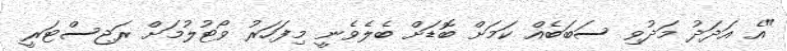
"އެ އަދަދު މަދުވި ސަބަބެއް ކަމަށް ބޮޑަށް ބެލެވެނީ މިފަހަރު ވޯޓުލުމަށް ރަޖިސްޓަރީ